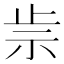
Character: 𥘣